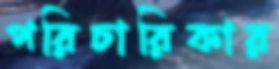
পরিচারিকার